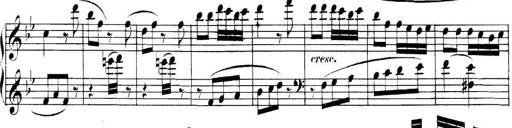
Title: Collected Piano Sonatas
Composer: Muzio Clementi